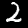
Digit: 2